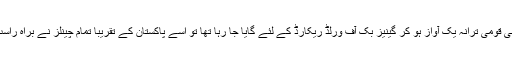
جس وقت پاکستانی قومی ترانہ یک آواز ہو کر گینیز بک آف ورلڈ ریکارڈ کے لئے گایا جا رہا تھا تو اسے پاکستان کے تقریباً تمام چینلز نے براہ راست ٹیلی کاسٹ کیا۔